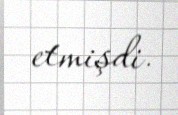
etmişdi.